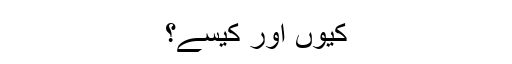
کیوں اور کیسے؟